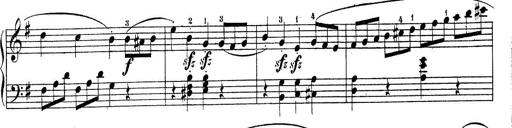
Title: Piano Sonatine No.2
Composer: Peter Piel
Key: G major